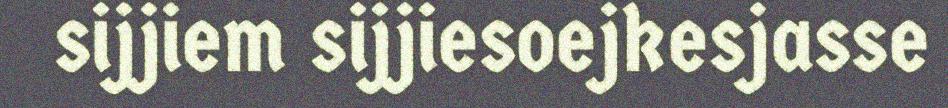
sijjiem sijjiesoejkesjasse